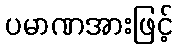
ပမာဏအားဖြင့်